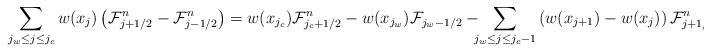
LaTeX: \begin{align*}\sum_{j_{w}\le j\le j_c}w(x_j)\left(\mathcal{F}_{j+1/2}^n-\mathcal{F}_{j-1/2}^n\right)=w(x_{j_c})\mathcal{F}_{j_c+1/2}^n-w(x_{j_w})\mathcal{F}_{j_w-1/2} - \!\!\!\sum_{j_w\le j\le j_c-1}\left(w(x_{j+1})-w(x_j)\right)\mathcal{F}_{j+1/2}^n.\end{align*}